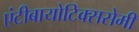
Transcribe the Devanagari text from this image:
एंटीबायोटिक्ससेमी